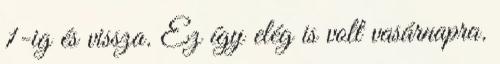
1-ig és vissza. Ez így elég is volt vasárnapra.